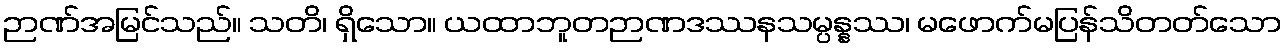
ဉာဏ်အမြင်သည်။ သတိ၊ ရှိသော။ ယထာဘူတဉာဏဒဿနသမ္ပန္နဿ၊ မဖောက်မပြန်သိတတ်သော